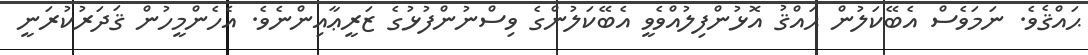
ޙައްޤެވެ. ނަމަވެސް އެބޭކަލުން ޙައްޤު އޮޅުންފިލުއްވެވީ އެބޭކަލުންގެ ވިސްނުންފުޅުގެ ޒަރީޢާއިންނެވެ. އެހެންމީހުން ޤަދަރުކުރަނީ